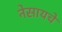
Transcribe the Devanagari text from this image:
नेसायचे